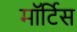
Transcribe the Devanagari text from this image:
मॉर्टिस